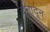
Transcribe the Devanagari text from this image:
दूनादून